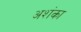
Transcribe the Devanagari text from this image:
अशंका